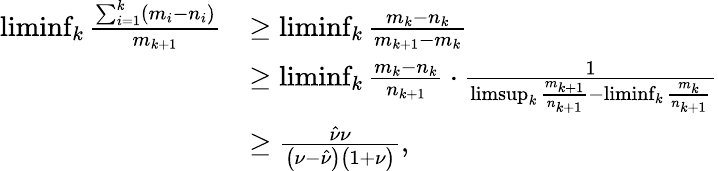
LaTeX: \begin{array}{rl}{\operatorname*{liminf}_{k}\frac{\sum_{i=1}^{k}(m_{i}-n_{i})}{m_{k+1}}}&{\ge\operatorname*{liminf}_{k}\frac{m_{k}-n_{k}}{m_{k+1}-m_{k}}}\\ &{\ge\operatorname*{liminf}_{k}\frac{m_{k}-n_{k}}{n_{k+1}}\cdot\frac{1}{\operatorname*{limsup}_{k}\frac{m_{k+1}}{n_{k+1}}-\operatorname*{liminf}_{k}\frac{m_{k}}{n_{k+1}}}}\\ &{\ge\frac{\hat{\nu}\nu}{\big(\nu-\hat{\nu}\big)\big(1+\nu\big)},}\end{array}